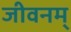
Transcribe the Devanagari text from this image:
जीवनम्‌